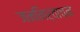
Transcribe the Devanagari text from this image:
जननिर्वाचन